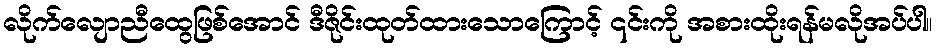
လိုက်လျောညီထွေဖြစ်အောင် ဒီဇိုင်းထုတ်ထားသောကြောင့် ၎င်းကို အစားထိုးရန်မလိုအပ်ပါ။